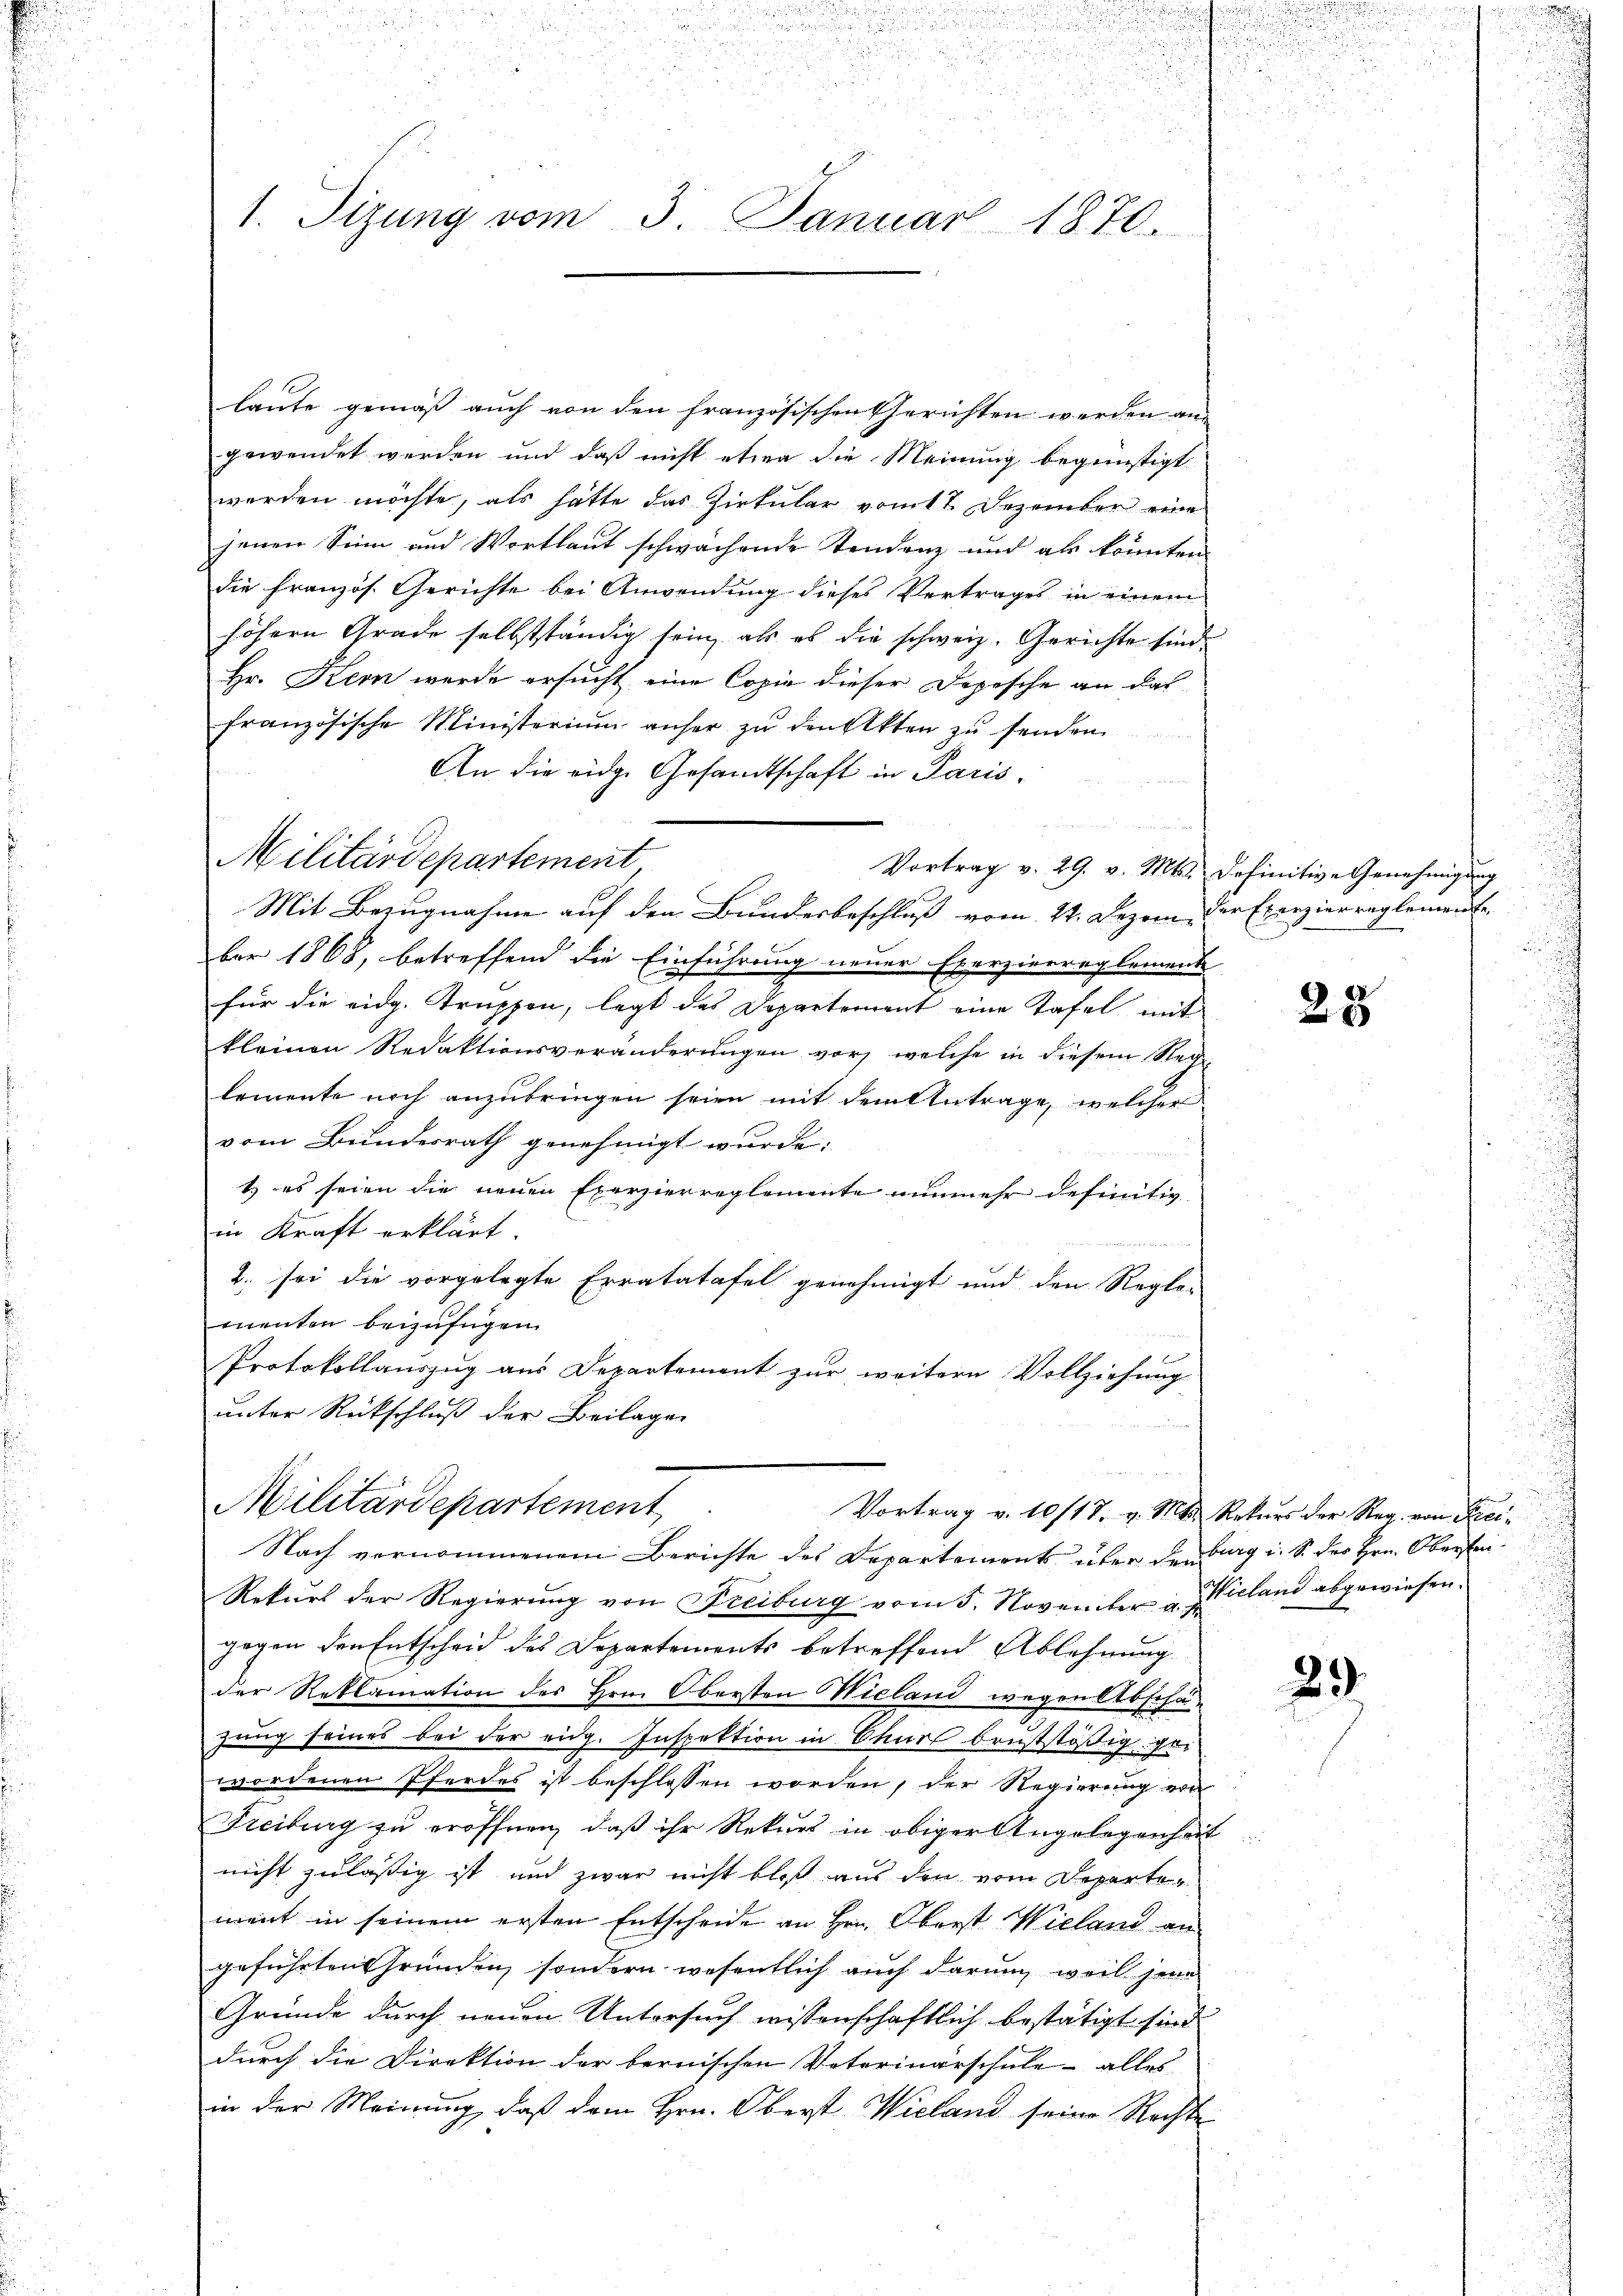
u

u

t
1. Tizung vom 3. Januar 1870.

laute gemäß auch von den französischen Gerichten werden an-
gewendet werden und daß nicht etwa die Meinung begünstigt
werden möchte, als hatte das Zirkular vom 17. Dezember eine
jenen Sinn und Wortlaut schwachende Stendenz und als könnten
die Französ. Gerichte bei Anwendung dieses Vertrages in einem
höhern Grade selbstständig sein, als es die schweiz. Gerichte sind.
Hr. Kern werde ersucht eine Copie dieser Depesche an das
französische Ministerium anher zu den Akten zu senden
An die eidge Gesandtschaft in Paris
Militärdepartement
Vortrag v. 29. v. Mts. definitive Genehmigung
Mit Bezugnahme auf den Bundesbeschluß vom 24. Dezem der Exerzierreglemen
ber 1868, betreffend die Einführung neuer Exerzierreglemente
für die eidg. Truppen, legt das Departement eine Tafel mit
kleinen Redaktionsveränderungen vor, welche in diesem Reg
lemente noch anzubringen seien mit dem Antrage, welcher
vom Bundesrath genehmigt wurde:
1) es seien die neuen Exerzierreglemente nunmehr definitiv
in Kraft erklärt.
2. sei die vorgelegte Erratatafel genehmigt und den Regle-
menten beizufügen.
Protokollauszug aus Departement zur weitern Vollziehung
unter Rückschluß der Beilagen
Militärdepartement
Vortrag v. 10/17. v. Mts. Rekurs der Reg. von Frei¬
Nach vornommenem Berichte des Departement über den burg i. S. der Hrn. Obersten¬
Rekurs der Regierŭng von Freiburg vom 5. November u. reland abgewiesen.
gegen den Entscheid des Departements betreffend Ablehnung
der Reklamation des Hrn. Obersten Wieland wegen Abschäzung seines bei der eidg. Inspektion in Chur bruststößig ist
wordenen Pferdes ist beschlossen worden, der Regierung von
Freiburg zu eröffnen, daß ihr Rekurs in obiger Angelegenheit
nicht zulässig ist und zwar nicht bloß aus den vom Departement in seinem ersten Entscheide an Hrn. Oberst Wieland an
geführten Grunden, sondern wesentlich auch darum weil jene
Gründe durch neuen Untersuch wissenschaftlich bestätigt sind.
durch die Direktion der bernischen Vaterinärschule alles
in der Meinung, daß dem Hrn. Oberst Wieland seine Rechte

i
i

e
d

u

25

29